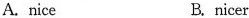
A. nice B. nicer